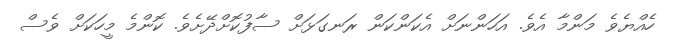
ހެއްޔެވެ މަންމާ އެވެ. އަހަންނަށް އެކަންކަން ރަނގަޅަށް ސާފުކޮށްދޭށެވެ. ކޮންމެ މީހަކަށް ވެސް